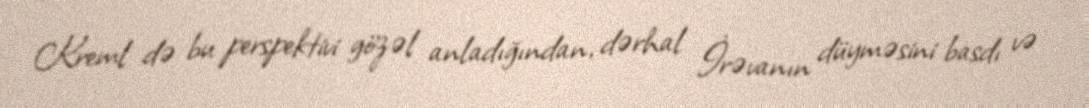
Kreml də bu perspektivi gözəl anladığından, dərhal İrəvanın düyməsini basdı və